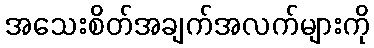
အသေးစိတ်အချက်အလက်များကို